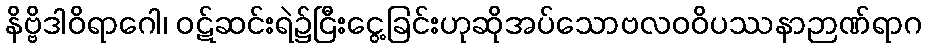
နိဗ္ဗိဒါဝိရာဂေါ၊ ဝဋ်ဆင်းရဲ၌ငြီးငွေ့ခြင်းဟုဆိုအပ်သောဗလဝဝိပဿနာဉာဏ်ရာဂ